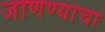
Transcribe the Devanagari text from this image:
जाणण्याचा